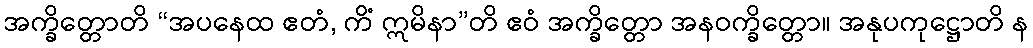
အက္ခိတ္တောတိ “အပနေထ ဧတံ, ကိံ ဣမိနာ”တိ ဧဝံ အက္ခိတ္တော အနဝက္ခိတ္တော။ အနုပကုဋ္ဌောတိ န